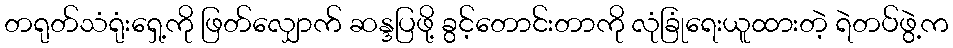
တရုတ်သံရုံးရှေ့ကို ဖြတ်လျှောက် ဆန္ဒပြဖို့ ခွင့်တောင်းတာကို လုံခြုံရေးယူထားတဲ့ ရဲတပ်ဖွဲ့က